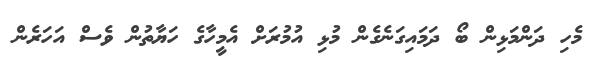
މެހި ދަންމަޅިން ބޯ ދަމައިގަނެގެން މުޅި އުމުރަށް އެމީހާގެ ހަޔާތުން ވެސް އަހަރެން